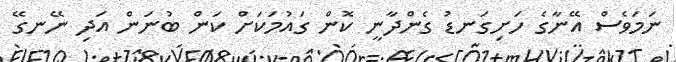
ނަމަވެސް އޭނާގެ ހަށިގަނޑު ގެންދާނީ ކޮން ގައުމަކަށް ކަން ބުނަން އަދި ނޭނގޭ